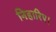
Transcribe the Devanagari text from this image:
निहारिए।